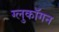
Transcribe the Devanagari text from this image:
ग्लुकॉगन